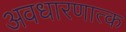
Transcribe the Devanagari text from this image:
अवधारणात्क